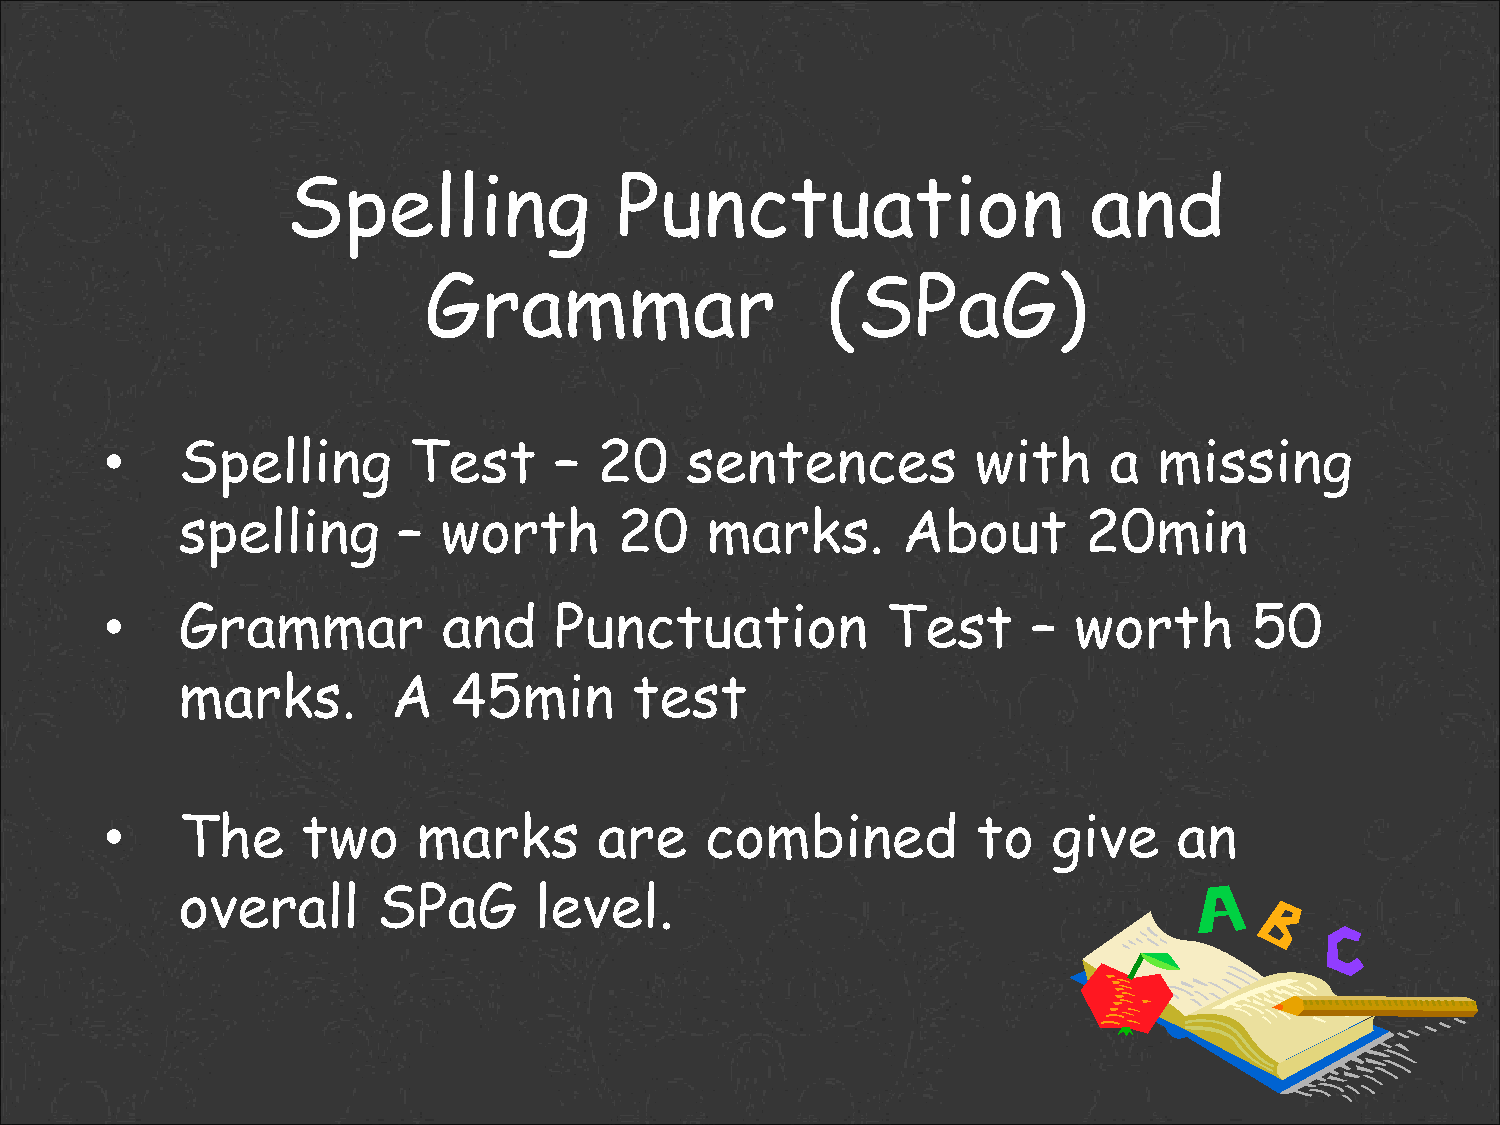
Spelling              Punctuation                    and
 Grammar                    (SPaG)
 •    Spelling       Test      –  20   sentences           with    a   missing
 spelling      –  worth       20    marks.       About       20min
 •    Grammar          and     Punctuation           Test     –  worth       50
 marks.        A   45min       test
 •    The     two     marks       are    combined          to   give    an
 overall      SPaG      level.